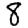
Digit: 8